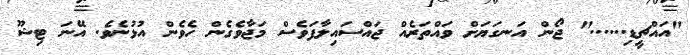
"އައްޗީޑި......" ޖޯން އަނގަޔަށް ވައްތަރެއް ޖައްސައިލާފަވެސް މަޖާވެގެން ހެވެން އުޅުނެވެ. އޭނަ ޓިޝޫ